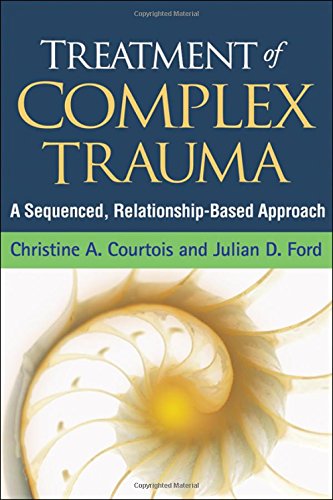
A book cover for Treatment of Complex Trauma: A Sequenced, Relationship-Based Approach; Christine A. Courtois PhD; Medical Books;